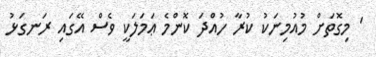
' މިގޮތަށް މުއުމިނަކު ކުރާ ހުއްދަ ކޮންމެ ޢަމަލަކީ ވެސް އޭގައި ރަނގަޅު